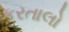
કરતાલો